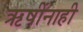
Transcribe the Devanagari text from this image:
ऋषींनाही